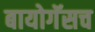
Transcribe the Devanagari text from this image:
बायोगॅसच